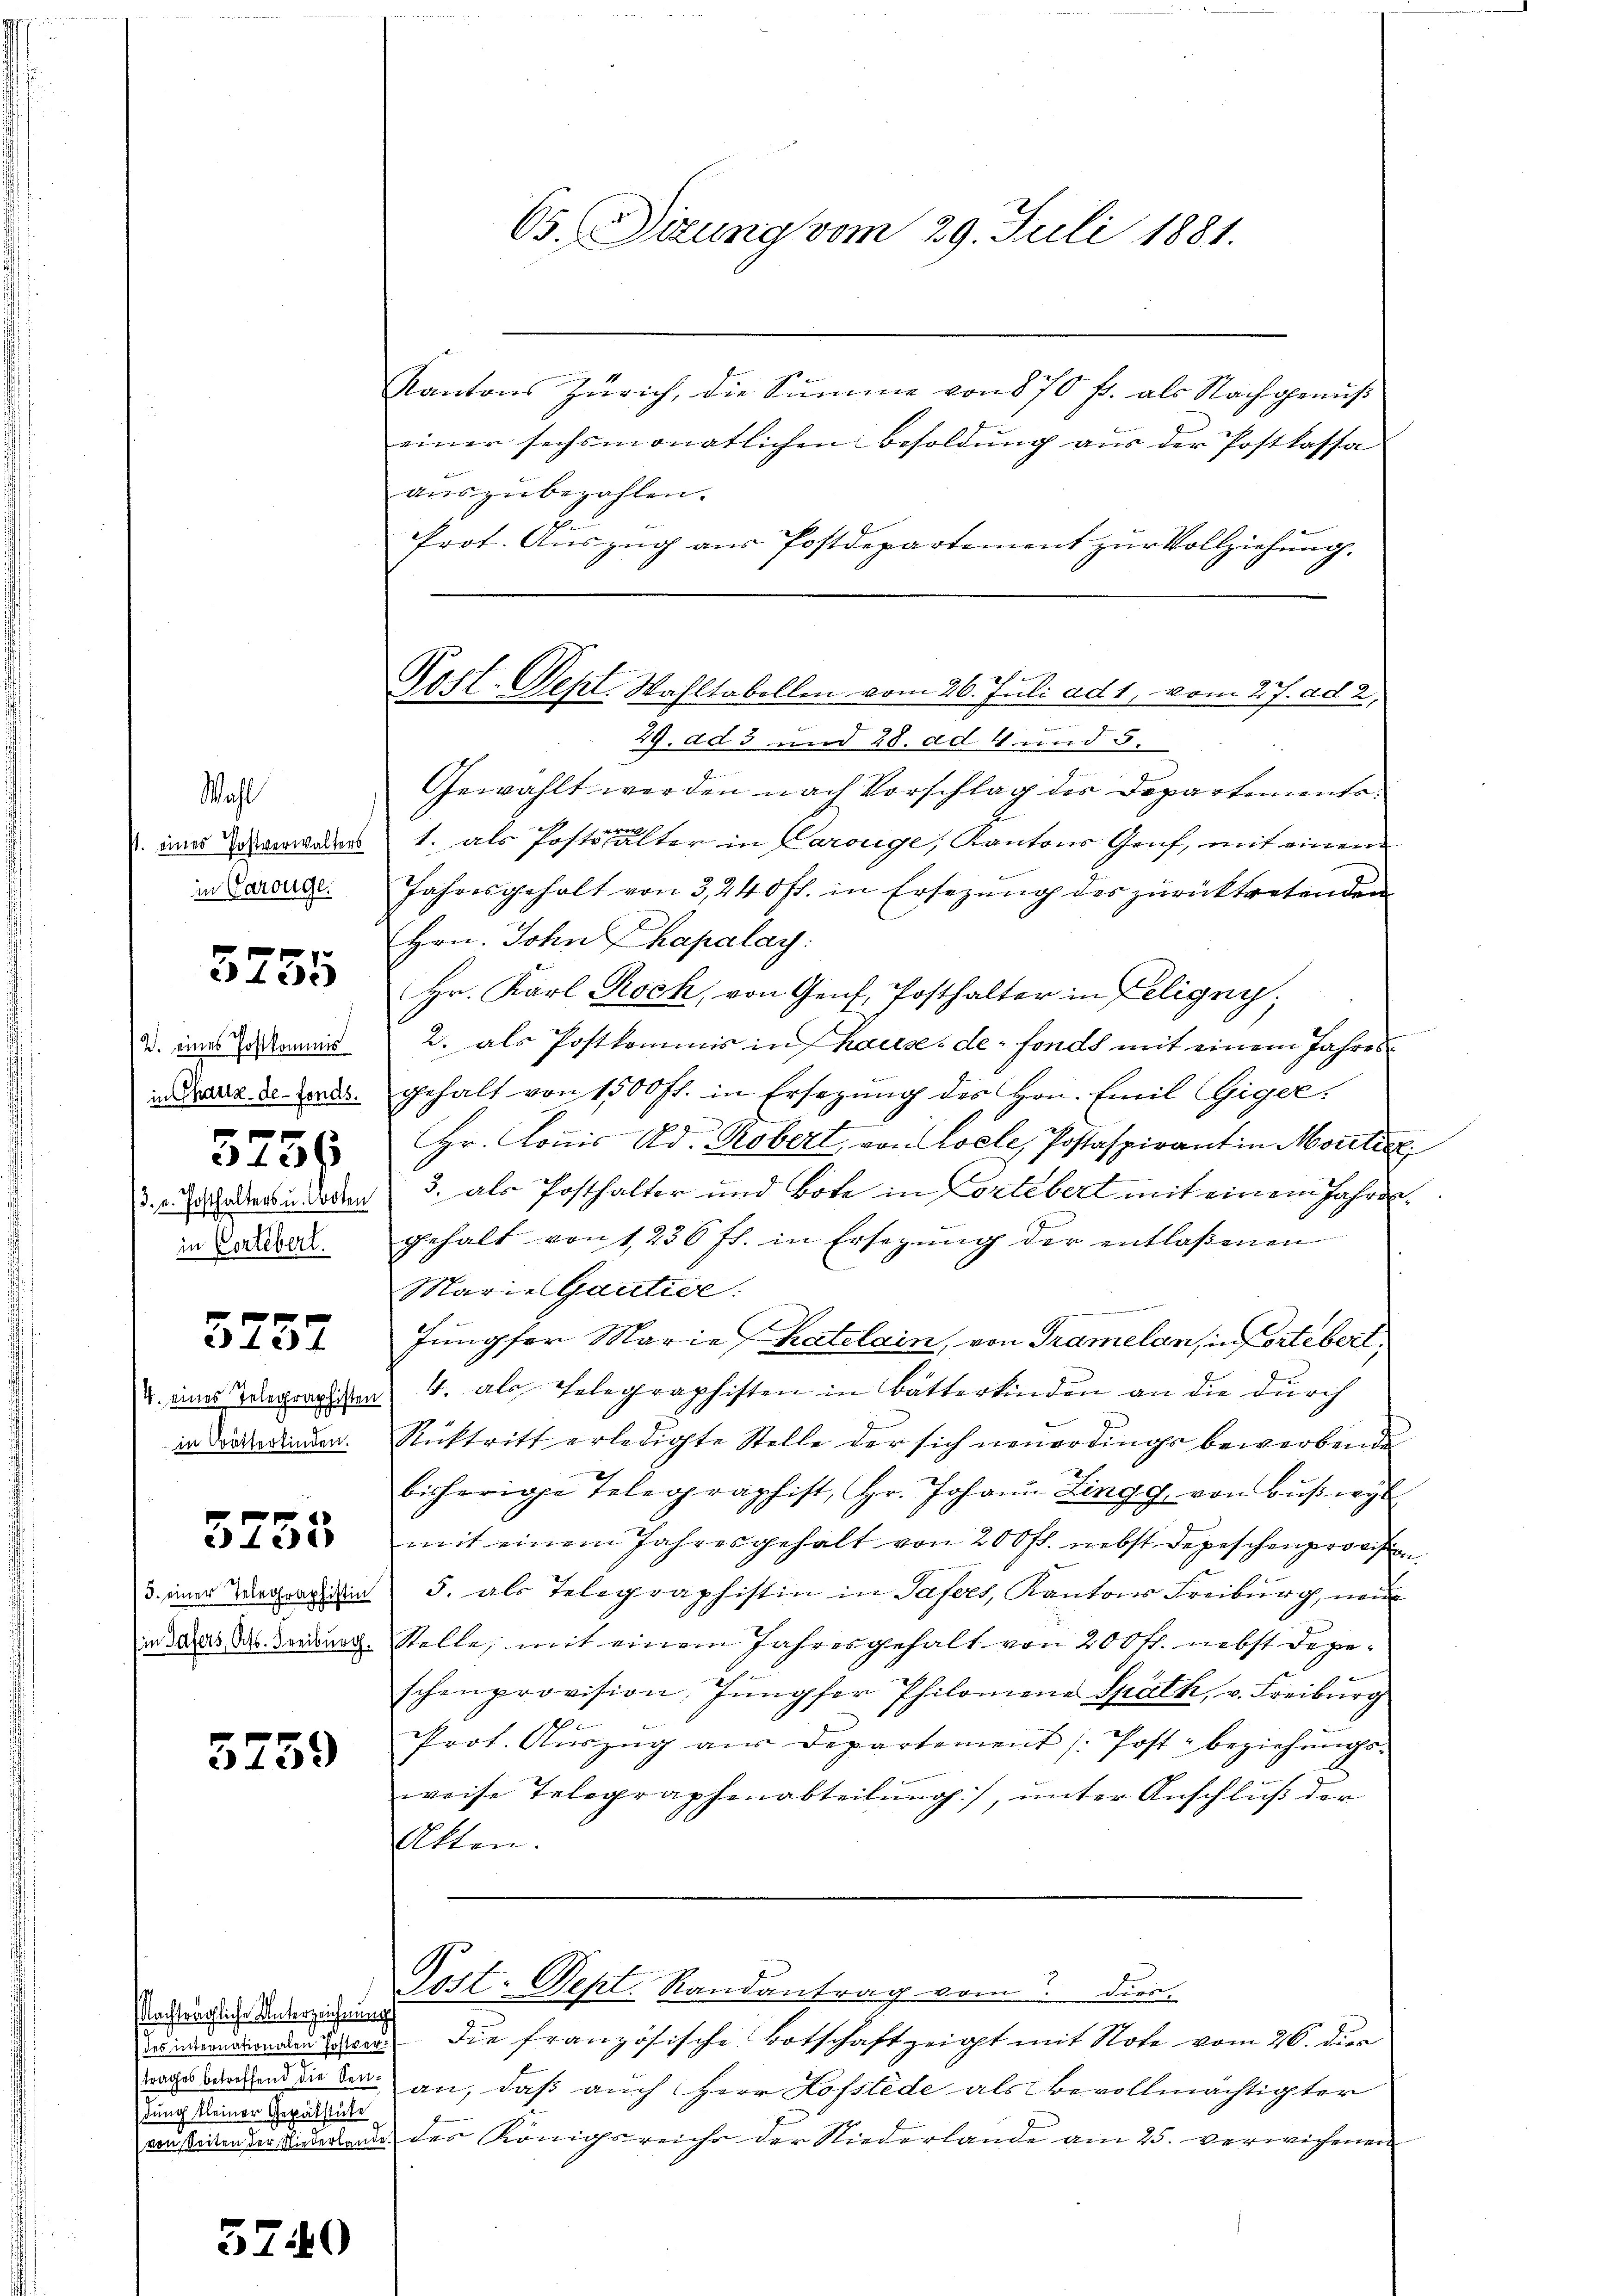
Wahl
P. eines Postverwalters
in Parouge.

3755

12. eines Postkommis
in Chaux-de-Fonds.
5756
3. u. Posthalters u. Boten
in Cortebert.

e
 1284

in Bratterfinden.

5755

3. einer Telegraphistin

5759

Nachträgliche Unterzeichnung
g
dung kleiner Gepätstücke

5740

Kantons Zürich, die Summe von 870 f. als Nachgenŭβ
einer sechsmonatlichen Besoldung aus der Postkassa
aŭszŭbezahlen.
Prot. Auszug aus Postdepartement zur Vollziehung.
h
Post. Sept. Wahltabellen vom 26. Juli ad 1, vom 27. ad 2,
29. ad 3 und 28. ad 4. und 5.
Gewählt werden nach Vorschlag der Departements
1. als Postsalter in Carouge, Kantons Genf, mit einem
Jahresgeholt von 3, 240 fl. in Ersezung des zurücktretenden
Hrn. John Kapalay.
Hr. Karl Rock, von Genf, Posthalter in Feligny,
2. als Postkommis in hause de fonds mit einem Jahresgehalt von 1500 fl. in Ersetzŭng des Hrn. Emil Giger.
pen
Hr. Konis Ad. Robert, von Coele, Postaspirant in Moretie
3. als Posthalter und Bote in Cortebert mit einem Jahresgehalt von 1236 ff. in Ersezung der entlaßenen
Marie Gautive:
duren seiner von der
Jungfer Marie Katelain, von Tramelan, in fortebert,
v. eines Telegrantiten 4. als Gelegraphisten in Batterkinden an die durch
Rücktritt erledigte Stelle der sich neuerdings bewerbende
bisherige Telegraphist, Hr. Johann Zingg von Bŭβwyl
mit einem Jahresgehalt von 200 fl. nebst Depeschenprovision
5. als Telegraphistin in Tafers, Kantons Freiburg, nei
ir dass das Fordenen Stelle, mit einem Jahresgehalt von 200 fr. nebst depeschenprovision, Jungfer Philomene Späth, v. Freiburg
80
Prot. Aŭszŭg aŭs Departement (Post- beziehŭngs-
weise Telegraphenabteilung), unter Anschluß der
Akten.
Post. Sept. Randantrag vom Dies
nduaudienen Bern die französische Botschaft zeigt mit Note vom 26. dies
wache angen die der an, daß auch Herr Hofstede als Bevollmächtigter
                               der Königsreiche der Niederlande am 25. verwichenen

65. Dizung vom 29. Juli 1881.